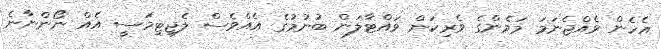
އެހެން ވެއްޖެނަމަ މަމެންގެ ވެރިކަން ވައްޓާލަން ބުނުމުގެ އެއްވެސް ލެޖިޓިމަސީ އެއް ނޯންނާނެ